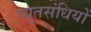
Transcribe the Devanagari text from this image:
च्युतसंधियों